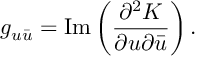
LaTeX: g _ { u \bar { u } } = \mathrm { I m } \left( \frac { \partial ^ { 2 } K } { \partial u \partial \bar { u } } \right) .